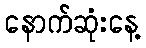
နောက်ဆုံးနေ့